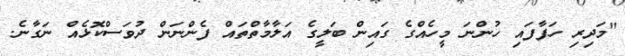
"މަދިރި ހަފާފައި ހުންނަ މީހެއްގެ ގައިން ބަލީގެ އަލާމާތްތައް ފެންނަން ދުވަސްކޮޅެއް ނަގާނެ.